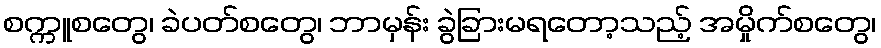
စက္ကူစတွေ၊ ခဲပတ်စတွေ၊ ဘာမှန်း ခွဲခြားမရတော့သည့် အမှိုက်စတွေ၊